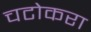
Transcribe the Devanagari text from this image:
चटोकरा